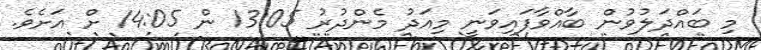
މި ބައްދަލުވުން ބާއްވާފައިވަނީ މިއަދު މެންދުރު 13:05 ން 14:05 ށް އަށެވެ.